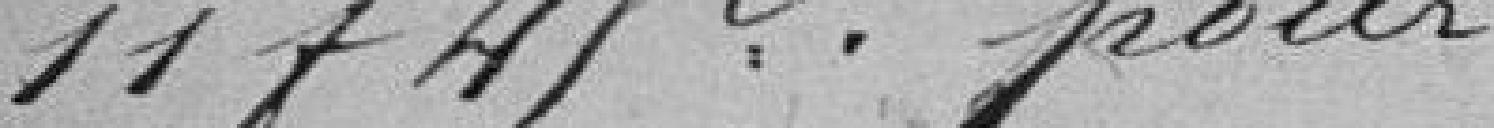
11 francs 45 pour